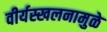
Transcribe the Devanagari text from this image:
वीर्यस्खलनामुळे